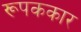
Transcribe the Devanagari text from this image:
रूपककार